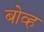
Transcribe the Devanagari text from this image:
बोव्ह